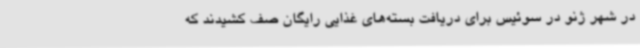
در شهر ژنو در سوئیس برای دریافت بسته‌های غذایی رایگان صف کشیدند که